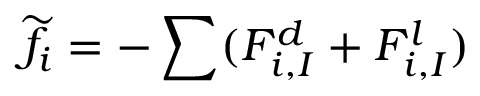
\widetilde { f _ { i } } = - \sum ( F _ { i , I } ^ { d } + F _ { i , I } ^ { l } )